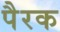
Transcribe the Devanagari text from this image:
पैरक